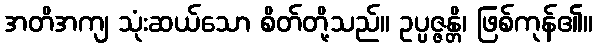
အတိအကျ သုံးဆယ်သော စိတ်တို့သည်။ ဥပ္ပဇ္ဇန္တိ၊ ဖြစ်ကုန်၏။